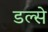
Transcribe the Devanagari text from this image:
डल्से